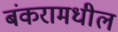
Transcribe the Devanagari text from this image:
बंकरामधील